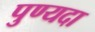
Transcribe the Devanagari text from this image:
पुण्यदा